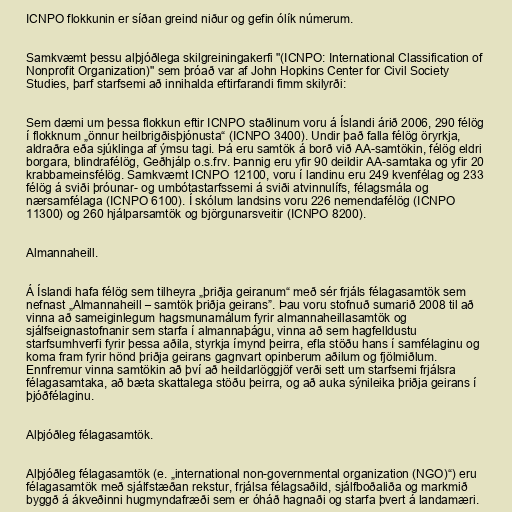
ICNPO flokkunin er síðan greind niður og gefin ólík númerum.

Samkvæmt þessu alþjóðlega skilgreiningakerfi "(ICNPO: International Classification of
Nonprofit Organization)" sem þróað var af John Hopkins Center for Civil Society
Studies, þarf starfsemi að innihalda eftirfarandi fimm skilyrði:

Sem dæmi um þessa flokkun eftir ICNPO staðlinum voru á Íslandi árið 2006, 290 félög
í flokknum „önnur heilbrigðisþjónusta“ (ICNPO 3400). Undir það falla félög öryrkja,
aldraðra eða sjúklinga af ýmsu tagi. Þá eru samtök á borð við AA-samtökin, félög eldri
borgara, blindrafélög, Geðhjálp o.s.frv. Þannig eru yfir 90 deildir AA-samtaka og yfir 20
krabbameinsfélög. Samkvæmt ICNPO 12100, voru í landinu eru 249 kvenfélag og 233
félög á sviði þróunar- og umbótastarfssemi á sviði atvinnulífs, félagsmála og
nærsamfélaga (ICNPO 6100). Í skólum landsins voru 226 nemendafélög (ICNPO
11300) og 260 hjálparsamtök og björgunarsveitir (ICNPO 8200).

Almannaheill.

Á Íslandi hafa félög sem tilheyra „þriðja geiranum“ með sér frjáls félagasamtök sem
nefnast „Almannaheill – samtök þriðja geirans”. Þau voru stofnuð sumarið 2008 til að
vinna að sameiginlegum hagsmunamálum fyrir almannaheillasamtök og
sjálfseignastofnanir sem starfa í almannaþágu, vinna að sem hagfelldustu
starfsumhverfi fyrir þessa aðila, styrkja ímynd þeirra, efla stöðu hans í samfélaginu og
koma fram fyrir hönd þriðja geirans gagnvart opinberum aðilum og fjölmiðlum.
Ennfremur vinna samtökin að því að heildarlöggjöf verði sett um starfsemi frjálsra
félagasamtaka, að bæta skattalega stöðu þeirra, og að auka sýnileika þriðja geirans í
þjóðfélaginu.

Alþjóðleg félagasamtök.

Alþjóðleg félagasamtök (e. „international non-governmental organization (NGO)“) eru
félagasamtök með sjálfstæðan rekstur, frjálsa félagsaðild, sjálfboðaliða og markmið
byggð á ákveðinni hugmyndafræði sem er óháð hagnaði og starfa þvert á landamæri.